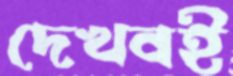
দেখবই